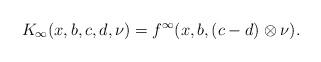
LaTeX: \begin{align*}K_\infty(x,b,c,d,\nu)= f^\infty(x, b,(c-d)\otimes \nu).\end{align*}